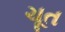
ચૂત